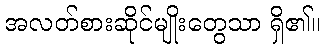
အလတ်စားဆိုင်မျိုးတွေသာ ရှိ၏။